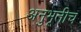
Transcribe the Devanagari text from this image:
अनुभूतीच